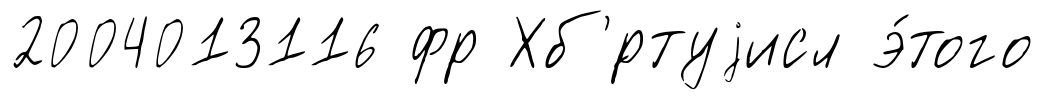
2004013116 фр Хб'́ртуjисл э́того